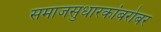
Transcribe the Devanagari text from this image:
समाजसुधारकांबरोबर